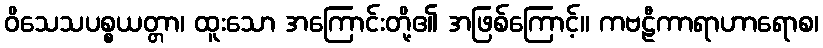
ဝိသေသပစ္စယတ္တာ၊ ထူးသော အကြောင်းတို့၏ အဖြစ်ကြောင့်။ ကဗဠီကာရာဟာရောစ၊